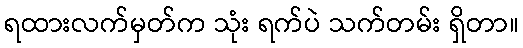
ရထားလက်မှတ်က သုံး ရက်ပဲ သက်တမ်း ရှိတာ။